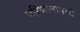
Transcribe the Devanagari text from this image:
परिणामामध्ये